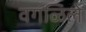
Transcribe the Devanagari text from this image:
वगळिले